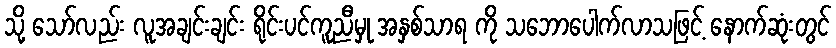
သို့ သော်လည်း လူအချင်းချင်း ရိုင်းပင်ကူညီမှု အနှစ်သာရ ကို သဘောပေါက်လာသဖြင့် နောက်ဆုံးတွင်